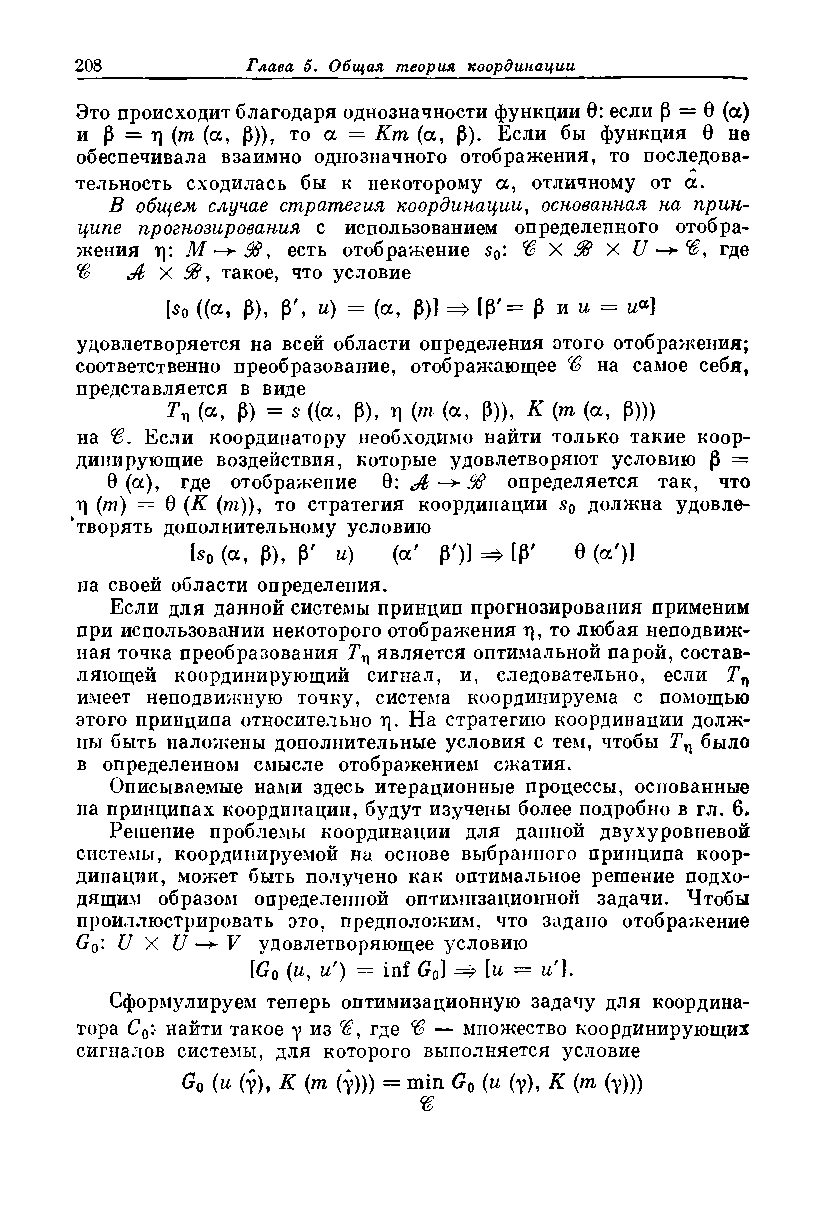
Это происходит благодаря однозначности функции 0: если р = 0 (а)
 и р = ц (т (а, Р)), то а = Кт (а, Р). Если бы функция 0 не
 обеспечивала взаимно однозначного отображения, то последова­
 тельность сходилась бы к некоторому а, отличному от а.
 В общем случае стратегия координации, основанная на прин­
 ципе прогнозирования с использованием определенного отобра­
 жения г\: М 9 В , есть отображение s0: % X X U — где
 X   такое, что условие
 [So ((а, Р), Р', и) = (а, Р)] =» [р'= Р и = ««]
 И
 удовлетворяется на всей области определения этого отображения;
 соответственно преобразование, отображающее $ на самое себя,
 представляется в виде
 Tr\ (а, Р) = 6* ((а, Р), т| (т (а, р)), К (т (а, Р)))
 на <ё. Если координатору необходимо найти только такие коор­
 динирующие воздействия, которые удовлетворяют условию р =
 0(a), где отображение 0: А определяется так, что
 ц (т) — 0 (К (т)), то стратегия координации s0 должна удовле­
 творять дополнительному условию
 [s0 (а, Р), Р' и) (а' Р')] =» [р' 0 (ос')]
 на своей области определения.
 Если для данной системы принцип прогнозирования применим
 при использовании некоторого отображения т|, то любая неподвиж­
 ная точка преобразования Т^ является оптимальной парой, состав­
 ляющей координирующий сигнал, и, следовательно, если Тц
 имеет неподвижную точку, система координируема с помощью
 этого принципа относительно ц. На стратегию координации долж­
 ны быть наложены дополнительные условия с тем, чтобы Тл было
 в определенном смысле отображением сжатия.
 Описываемые нами здесь итерационные процессы, основанные
 на принципах координации, будут изучены более подробно в гл. 6,
 Решение проблемы координации для дайной двухуровневой
 системы, координируемой на основе выбранного принципа коор­
 динации, может быть получено как оптимальное решение подхо­
 дящим образом определенной оптимизационной задачи. Чтобы
 проиллюстрировать это, предположим, что задано отображение
 G0: U X U — V удовлетворяющее условию
 [G0 (и, и') = inf G0] [и = и'].
 Сформулируем теперь оптимизационную задачу для координа­
 тора С0: найти такое у из с6, где ® — множество координирующих
 сигналов системы, для которого выполняется условие
 G0 (и (-у), К (m (y))) = min G0 (и (у), К (пг (у)))